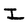
Character: I